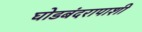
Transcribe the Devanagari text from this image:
घोडबंदरापाशी